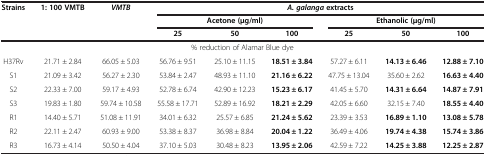
| Strains | 1: 100 VMTB | VMTB | <COLSPAN=6> A. galanga extracts |
 |  |  |  | <COLSPAN=3> Acetone (μg/ml) | <COLSPAN=3> Ethanolic (μg/ml) |
 |  |  |  | 25 | 50 | 100 | 25 | 50 | 100 |
 | --- | --- | --- | --- | --- | --- | --- | --- | --- |
 | <COLSPAN=9> % reduction of Alamar Blue dye |
 | H37Rv | 21.71 ± 2.84 | 66.05 ± 5.03 | 56.76 ± 9.51 | 25.10 ± 11.15 | 18.51 ± 3.84 | 57.27 ± 6.11 | 14.13 ± 6.46 | 12.88 ± 7.10 |
 | S1 | 21.09 ± 3.42 | 56.27 ± 2.30 | 53.84 ± 2.47 | 48.93 ± 11.10 | 21.16 ± 6.22 | 47.75 ± 13.04 | 35.60 ± 2.62 | 16.63 ± 4.40 |
 | S2 | 22.33 ± 7.00 | 59.17 ± 4.93 | 52.78 ± 6.74 | 42.90 ± 12.23 | 15.23 ± 6.17 | 41.45 ± 5.70 | 14.31 ± 6.64 | 14.87 ± 7.91 |
 | S3 | 19.83 ± 1.80 | 59.74 ± 10.58 | 55.58 ± 17.71 | 52.89 ± 16.92 | 18.21 ± 2.29 | 42.05 ± 6.60 | 32.15 ± 7.40 | 18.55 ± 4.40 |
 | R1 | 14.40 ± 5.71 | 51.08 ± 11.91 | 34.01 ± 6.32 | 25.57 ± 6.85 | 21.24 ± 5.62 | 23.39 ± 3.53 | 16.89 ± 1.10 | 13.08 ± 5.78 |
 | R2 | 22.11 ± 2.47 | 60.93 ± 9.00 | 53.38 ± 8.37 | 36.98 ± 8.84 | 20.04 ± 1.22 | 36.49 ± 4.06 | 19.74 ± 4.38 | 15.74 ± 3.86 |
 | R3 | 16.73 ± 4.14 | 50.50 ± 4.04 | 37.10 ± 5.03 | 30.48 ± 8.23 | 13.95 ± 2.06 | 42.59 ± 7.22 | 14.25 ± 3.88 | 12.25 ± 2.87 |